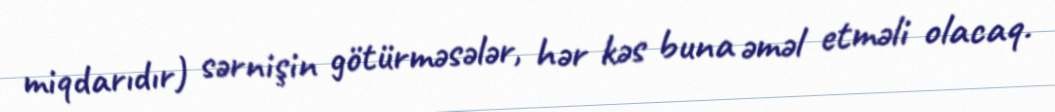
miqdarıdır) sərnişin götürməsələr, hər kəs buna əməl etməli olacaq.